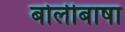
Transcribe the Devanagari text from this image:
बोलीबाषा